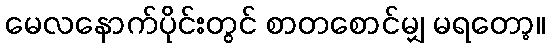
မေလနောက်ပိုင်းတွင် စာတစောင်မျှ မရတော့။